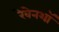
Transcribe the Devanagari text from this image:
रेवेनशॉ